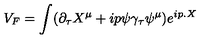
V _ { F } = \int ( \partial _ { \tau } X ^ { \mu } + i p \psi \gamma _ { \tau } \psi ^ { \mu } ) e ^ { i p . X }